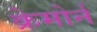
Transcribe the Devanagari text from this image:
क्रेमोर्न